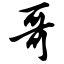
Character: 哥